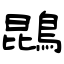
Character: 鵾